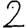
Digit: 2